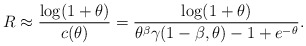
\begin{align*}R\approx \frac{\log(1+\theta)}{c(\theta)}=\frac{\log(1+\theta)}{\theta^\beta\gamma(1-\beta,\theta)-1+e^{-\theta}}.\end{align*}